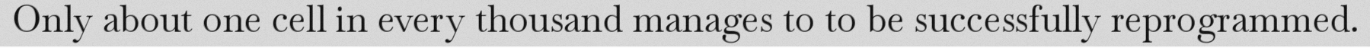
Only about one cell in every thousand manages to to be successfully reprogrammed.